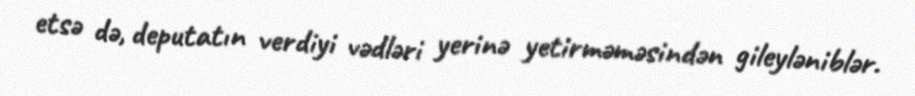
etsə də, deputatın verdiyi vədləri yerinə yetirməməsindən gileyləniblər.